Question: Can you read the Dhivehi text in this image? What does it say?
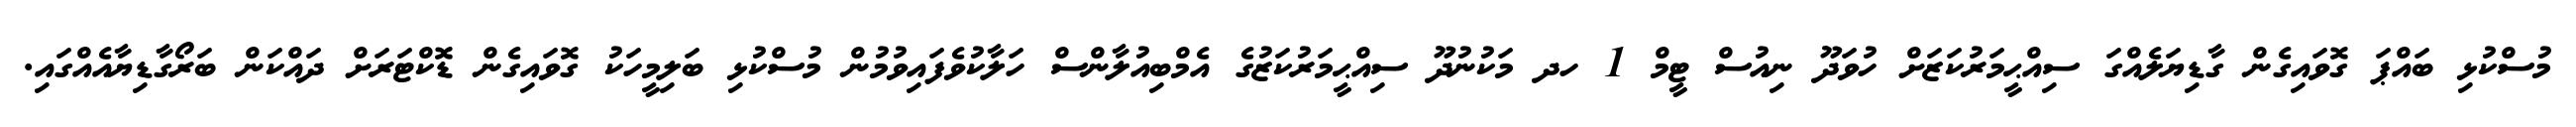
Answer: މުސްކުޅި ބައްޕަ ގޮވައިގެން ގާޑިޔަލެއްގަ ސިއްޙީމަރުކަޒަށް ހުވަދޫ ނިއުސް ޓީމް 1 ހދ މަކުނުދޫ ސިއްޙީމަރުކަޒުގެ އެމްބިއުލާންސް ހަލާކުވެފައިވުމުން މުސްކުޅި ބަލިމީހަކު ގޮވައިގެން ޑޮކްޓަރަށް ދައްކަން ބަރޯގާޑިޔާއެއްގައި.